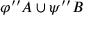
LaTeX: \varphi ^ { \prime \prime } A \cup \psi ^ { \prime \prime } B